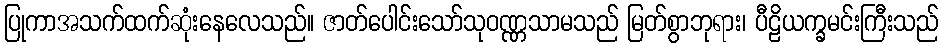
ပြုကာအသက်ထက်ဆုံးနေလေသည်။ ဇာတ်ပေါင်းသော်သုဝဏ္ဏသာမသည် မြတ်စွာဘုရား၊ ပီဠိယက္ခမင်းကြီးသည်